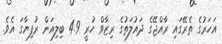
އަހަރުގެ ތެރޭގައި ރާއްޖޭގެ ދައުލަތުގެ ރިޒާވް ހުރީ 4.9 ބިލިއަން ރުފިޔާގަ އެވެ.